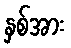
နှစ်အား